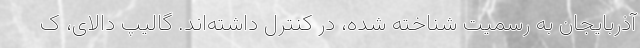
آذربایجان به رسمیت شناخته شده، در کنترل داشته‌اند. گالیپ دالای، ک